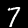
Label: 7